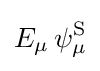
E_{\mu }\,{\psi _{\mu }^{\text{S}}}